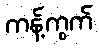
ကန့်ကွက်